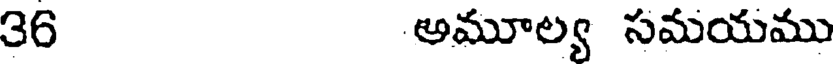
36 అమూల్య సమయము